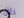
خلال